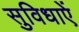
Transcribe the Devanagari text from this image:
सुविधाएें